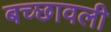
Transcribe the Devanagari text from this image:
बच्छावली